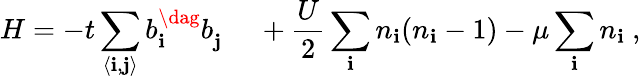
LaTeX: H=-t\sum_{\langle\mathbf{i},\mathbf{j}\rangle}b_{\mathbf{i}}^{\dag}b_{\mathbf{j}}^{\phantom{\dag}}+\frac{{U}}{{2}}\sum_{\mathbf{i}}n_{\mathbf{i}}(n_{\mathbf{i}}-1)-\mu\sum_{\mathbf{i}}n_{\mathbf{i}}\ ,